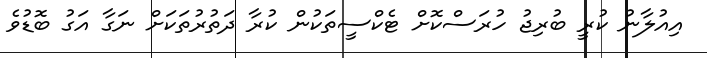
އިއުލާނު ކުރީ ބުރިޖު ހުރަސްކޮށް ޓެކްސީތަކުން ކުރާ ދަތުރުތަކަށް ނަގާ އަގު ބޮޑުވެ